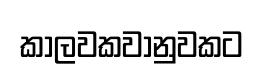
කාලවකවානුවකට